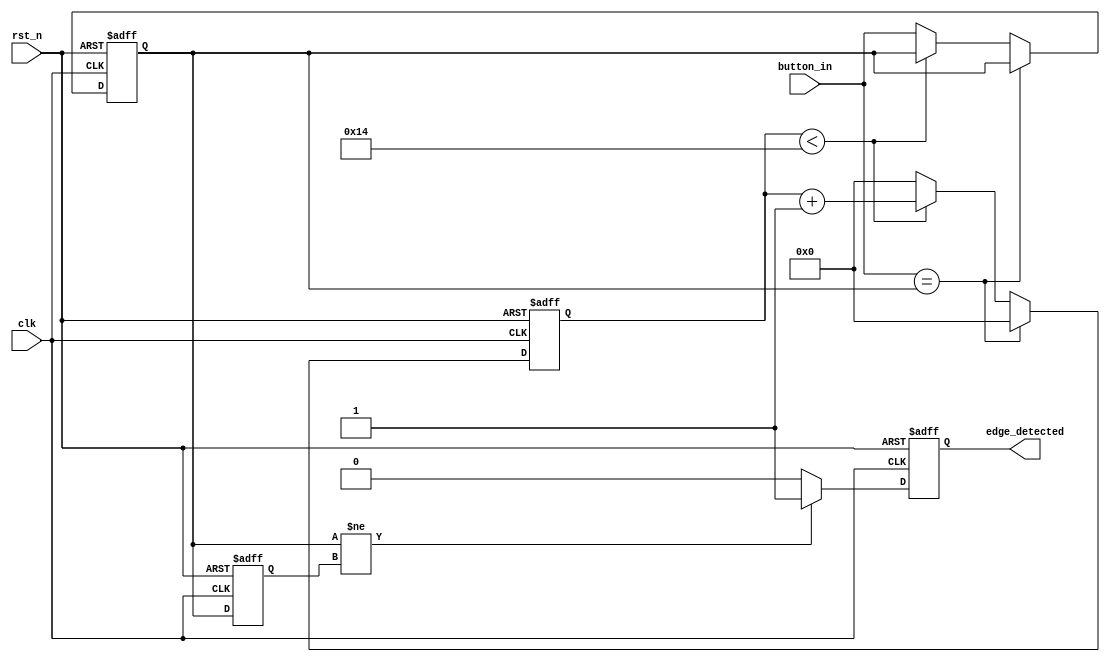
module DebouncedEdgeDetector (
    input wire clk,                // Clock signal
    input wire rst_n,              // Active low reset
    input wire button_in,          // Input signal (button state)
    output reg edge_detected       // Output signal indicating a valid edge
);

    // Parameters
    parameter DEBOUNCE_TIME = 20;  // Debounce time in clock cycles
    parameter COUNTER_WIDTH = 5;    // Width of the counter (enough to count to DEBOUNCE_TIME)

    // State registers
    reg [COUNTER_WIDTH-1:0] debounce_counter; // Counter for debounce timing
    reg button_stable;                     // Stable button state
    reg button_prev;                       // Previous button state

    // State machine for debounce logic
    always @(posedge clk or negedge rst_n) begin
        if (!rst_n) begin
            debounce_counter <= 0;
            button_stable <= 0;
            button_prev <= 0;
            edge_detected <= 0;
        end else begin
            // Check if the button input is stable
            if (button_in == button_stable) begin
                // Reset counter if stable
                debounce_counter <= 0;
            end else begin
                // Increment counter if not stable
                if (debounce_counter < DEBOUNCE_TIME) begin
                    debounce_counter <= debounce_counter + 1;
                end else begin
                    // Update stable state if debounce time is reached
                    button_stable <= button_in;
                    debounce_counter <= 0;
                end
            end
            
            // Edge detection logic
            if (button_stable != button_prev) begin
                edge_detected <= 1; // Edge detected
            end else begin
                edge_detected <= 0; // No edge detected
            end
            
            // Update previous state
            button_prev <= button_stable;
        end
    end

endmodule